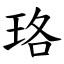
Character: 珞